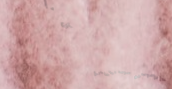
محل بقالة الزويد   كل ما